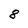
Character: 8